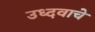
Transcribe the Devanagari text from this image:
उध्दवाचे